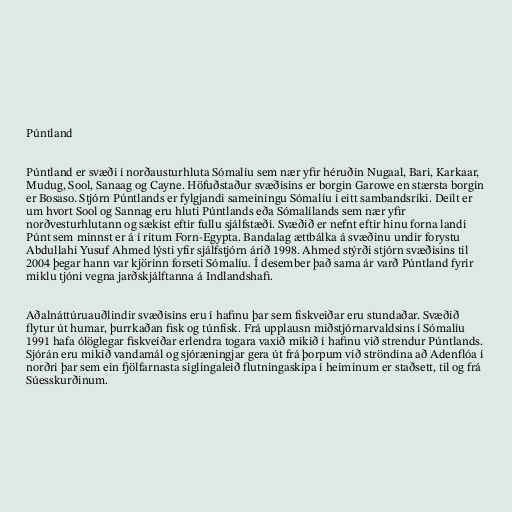
Púntland

Púntland er svæði í norðausturhluta Sómalíu sem nær yfir héruðin Nugaal, Bari, Karkaar,
Mudug, Sool, Sanaag og Cayne. Höfuðstaður svæðisins er borgin Garowe en stærsta borgin
er Bosaso. Stjórn Púntlands er fylgjandi sameiningu Sómalíu í eitt sambandsríki. Deilt er
um hvort Sool og Sannag eru hluti Púntlands eða Sómalílands sem nær yfir
norðvesturhlutann og sækist eftir fullu sjálfstæði. Svæðið er nefnt eftir hinu forna landi
Púnt sem minnst er á í ritum Forn-Egypta. Bandalag ættbálka á svæðinu undir forystu
Abdullahi Yusuf Ahmed lýsti yfir sjálfstjórn árið 1998. Ahmed stýrði stjórn svæðisins til
2004 þegar hann var kjörinn forseti Sómalíu. Í desember það sama ár varð Púntland fyrir
miklu tjóni vegna jarðskjálftanna á Indlandshafi.

Aðalnáttúruauðlindir svæðisins eru í hafinu þar sem fiskveiðar eru stundaðar. Svæðið
flytur út humar, þurrkaðan fisk og túnfisk. Frá upplausn miðstjórnarvaldsins í Sómalíu
1991 hafa ólöglegar fiskveiðar erlendra togara vaxið mikið í hafinu við strendur Púntlands.
Sjórán eru mikið vandamál og sjóræningjar gera út frá þorpum við ströndina að Adenflóa í
norðri þar sem ein fjölfarnasta siglingaleið flutningaskipa í heiminum er staðsett, til og frá
Súesskurðinum.